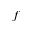
f